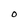
Character: O